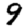
Digit: 9